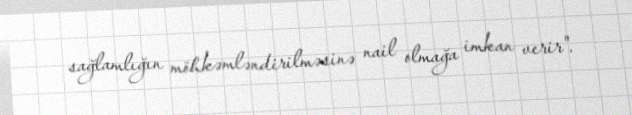
sağlamlığın möhkəmləndirilməsinə nail olmağa imkan verir".